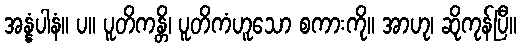
အန္နံပါနံ။ ပ။ ပူတိကန္တိ၊ ပူတိကံဟူသော စကားကို။ အာဟု၊ ဆိုကုန်ပြီ။